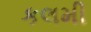
કલમી